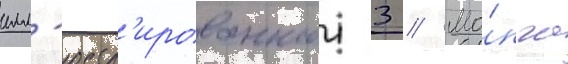
илл'юстр'ированнои 3 // Ма́нга